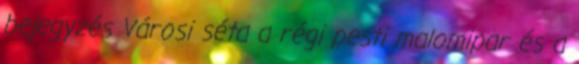
bejegyzés Városi séta a régi pesti malomipar és a